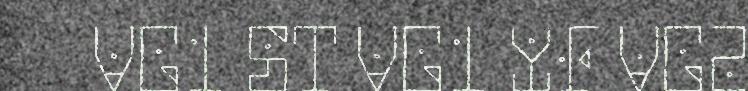
VG1 ST VG1 YF VG2